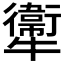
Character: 𤜂